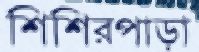
শিশিরপাড়া